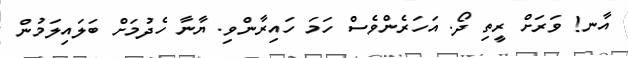
އާނ! ވަރަށް ރީތި ދޯ. އަހަރެންވެސް ހަމަ ހައިރާންވި. ޔާނާ ހެދުމަށް ބަލައިލަމުން